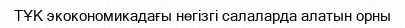
ТҰК экокономикадағы негізгі салаларда алатын орны